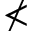
\nless